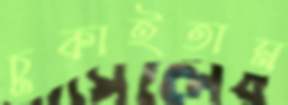
চুকাইতাম